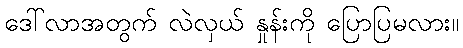
ဒေါ်လာအတွက် လဲလှယ် နှုန်းကို ပြောပြမလား။